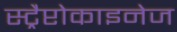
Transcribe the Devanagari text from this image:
स्ट्रैप्टोकाइनेज